Veterinary [1909] -
Year: 1909
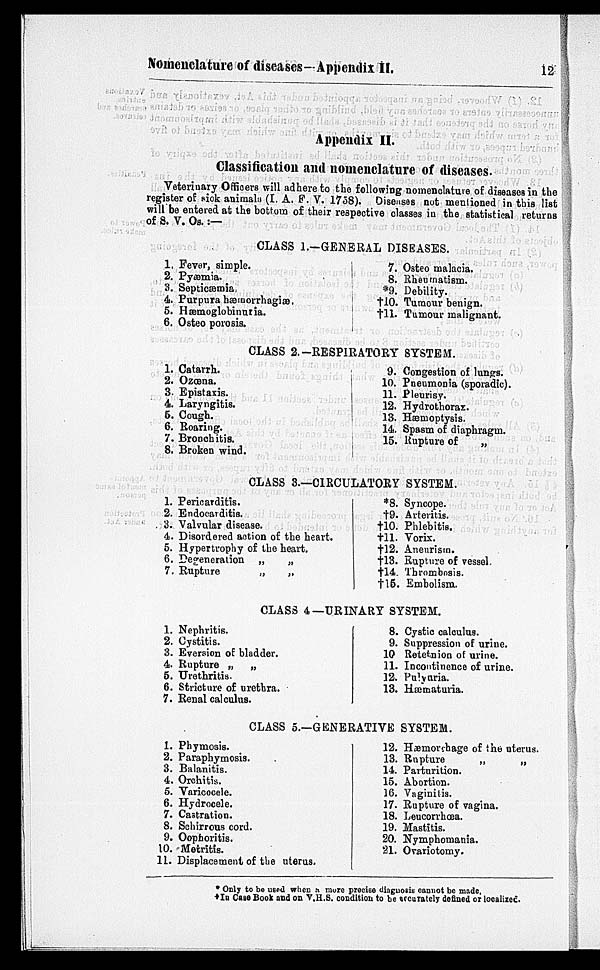
Nomenclature of diseases—Appendix
II.
12
Appendix II.
Classification and nomenclature of diseases.
Veterinary Officers will adhere to the following nomenclature of diseases in the
register of sick animals (I. A. F . V. 1758). Diseases not mentioned in this list
will be entered at the bottom of their respective classes in the statistical returns
of S. V. Os. :—
CLASS 1.-GENERAL DISEASES.
1.
2.
3.
4.
5.
6.
Fever, simple.
Pyæmia.
Septicæmia
Purpura bæmorrhagiæ.
Hæmoglobinuria.
Osteo porosis.
7.
8.
*9.
†10.
†11.
Osteo malacia.
Rheumatism.
Debility.
Tumour benign.
Tumour malignant.
CLASS 2.—RESPIRATORY SYSTEM.
1.
2.
3.
4.
6.
6.
7.
8.
Catarrh.
Ozœna.
Epistaxis.
Laryngitis.
Cough.
Rearing.
Bronchitis.
Broken wind.
9.
10.
11.
12.
13.
14.
15.
Congestion of lungs.
Pneumonia (sporadic).
Pleurisy.
Hydrothoraz.
Hæmoptysis.
Spasm of diaphragm.
Rupture of
„
CLASS 3.—CIRCULATORY SYSTEM.
1.
2.
3.
4.
5.
6.
7.
Pericarditis.
Endocarditis.
Valvular disease.
Disordered action of the heart.
Hypertrophy of the heart.
Defeneration
„
„
Rupture
„
„
*8.
†9.
†10.
†11.
†12.
†13.
†14.
†15.
Syncope.
Arteritis.
Phlebitis.
Vorix.
Aneurism.
Rupture of vessel.
Thrombosis.
Embolism.
CLASS 4—URINARY SYSTEM.
1.
2.
3.
4.
5.
6.
7.
Nephritis.
Cystitis.
Eversion of bladder.
Rupture „
„
Urethritis.
Stricture of urethra.
Renal calculus.
8.
9.
10
11.
12.
13.
Cystic calculus.
Suppression of urine.
Retetnion of urine.
Incontinence of urine.
Pulyuria.
Hæmaturia.
CLASS 5.—GENERATIVE SYSTEM.
1.
2.
3.
4.
5.
6.
7.
8.
9.
10.
11.
Phymosis.
Paraphymosis.
Balanitis.
Orchitis.
Varicocele.
Hydrocele.
Castration.
Schirrous cord.
Oophoritis.
Metritis.
Displacement of the uterus.
12.
13.
14.
15.
16.
17.
18.
19.
20.
21.
Hæmorrhage of the uterus.
Rupture
„
„
Parturition.
Abortion.
Vaginitis.
Rupture of vagina.
Leucorrhœa.
Mastitis.
Nymphomania.
Ovariotomy.
* Only to be used when a more precise diagnosis cannot be made.
† In Case Book and on V.H.S. condition to be accurately defined or localized.